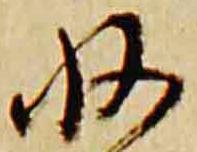
収